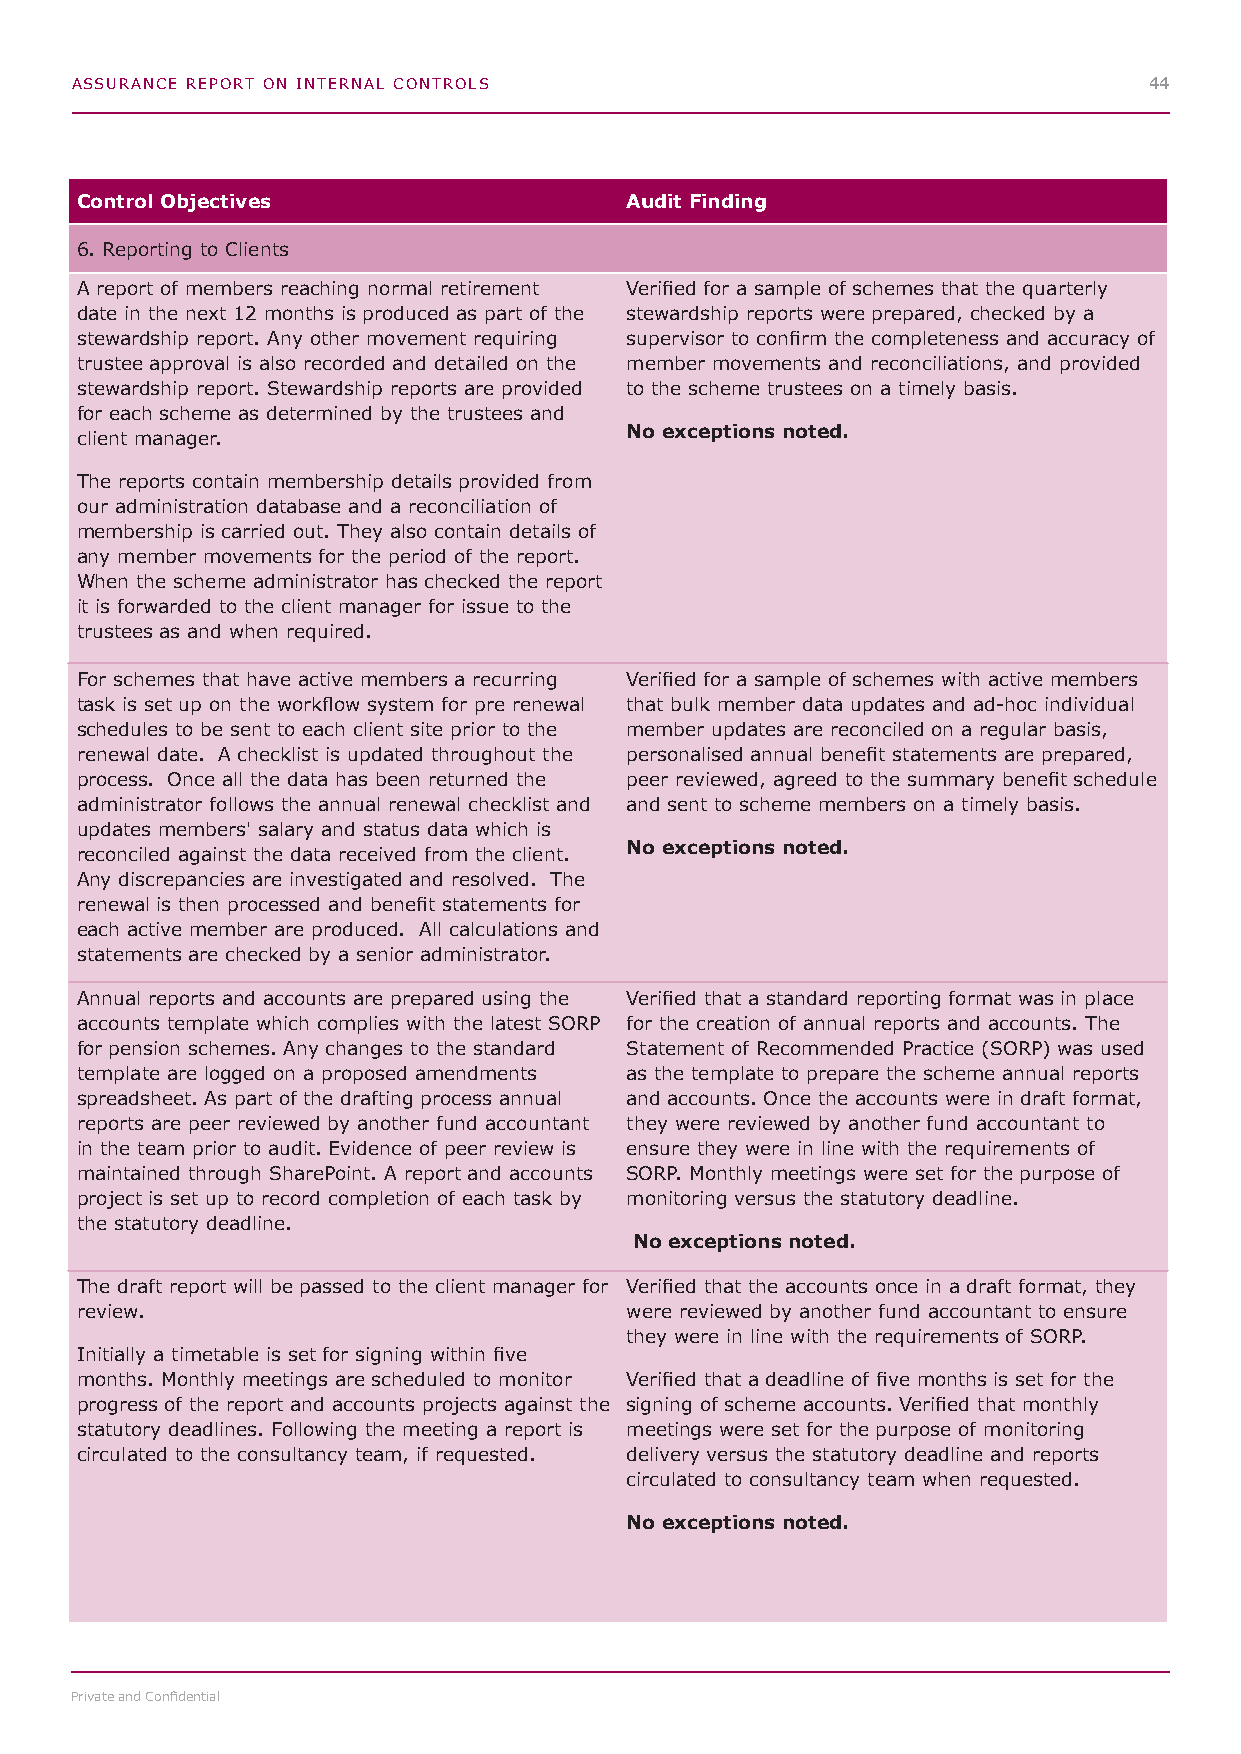
ASSURANCE REPORT ON INTERNAL CONTROLS                                  44
 Control Objectives                  Audit Finding
 6. Reporting to Clients
 A report of members reaching normal retirement Verified for a sample of schemes that the quarterly
 date in the next 12 months is produced as part of the stewardship reports were prepared, checked by a
 stewardship report. Any other movement requiring supervisor to confirm the completeness and accuracy of
 trustee approval is also recorded and detailed on the member movements and reconciliations, and provided
 stewardship report. Stewardship reports are provided to the scheme trustees on a timely basis.
 for each scheme as determined by the trustees and
 No exceptions noted.
 client manager.
 The reports contain membership details provided from
 our administration database and a reconciliation of
 membership is carried out. They also contain details of
 any member movements for the period of the report.
 When the scheme administrator has checked the report
 it is forwarded to the client manager for issue to the
 trustees as and when required.
 For schemes that have active members a recurring Verified for a sample of schemes with active members
 task is set up on the workflow system for pre renewal that bulk member data updates and ad-hoc individual
 schedules to be sent to each client site prior to the member updates are reconciled on a regular basis,
 renewal date. A checklist is updated throughout the personalised annual benefit statements are prepared,
 process. Once all the data has been returned the peer reviewed, agreed to the summary benefit schedule
 administrator follows the annual renewal checklist and and sent to scheme members on a timely basis.
 updates members' salary and status data which is
 No exceptions noted.
 reconciled against the data received from the client.
 Any discrepancies are investigated and resolved. The
 renewal is then processed and benefit statements for
 each active member are produced. All calculations and
 statements are checked by a senior administrator.
 Annual reports and accounts are prepared using the Verified that a standard reporting format was in place
 accounts template which complies with the latest SORP for the creation of annual reports and accounts. The
 for pension schemes. Any changes to the standard Statement of Recommended Practice (SORP) was used
 template are logged on a proposed amendments as the template to prepare the scheme annual reports
 spreadsheet. As part of the drafting process annual and accounts. Once the accounts were in draft format,
 reports are peer reviewed by another fund accountant they were reviewed by another fund accountant to
 in the team prior to audit. Evidence of peer review is ensure they were in line with the requirements of
 maintained through SharePoint. A report and accounts SORP. Monthly meetings were set for the purpose of
 project is set up to record completion of each task by monitoring versus the statutory deadline.
 the statutory deadline.
 No exceptions noted.
 The draft report will be passed to the client manager for Verified that the accounts once in a draft format, they
 review.                             were reviewed by another fund accountant to ensure
 they were in line with the requirements of SORP.
 Initially a timetable is set for signing within five
 months. Monthly meetings are scheduled to monitor Verified that a deadline of five months is set for the
 progress of the report and accounts projects against the signing of scheme accounts. Verified that monthly
 statutory deadlines. Following the meeting a report is meetings were set for the purpose of monitoring
 circulated to the consultancy team, if requested. delivery versus the statutory deadline and reports
 circulated to consultancy team when requested.
 No exceptions noted.
 Private and Confidential